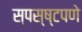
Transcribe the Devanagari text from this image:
स्पस्ष्टपणे